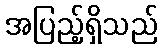
အပြည့်ရှိသည်